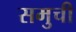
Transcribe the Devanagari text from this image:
समुची